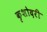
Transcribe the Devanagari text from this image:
कृशोदरी